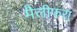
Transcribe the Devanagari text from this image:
मैलीफरा